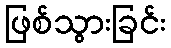
ဖြစ်သွားခြင်း